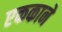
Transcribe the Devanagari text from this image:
एककाने